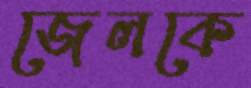
জেলকে